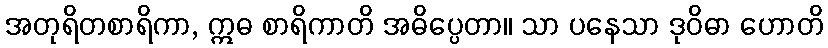
အတုရိတစာရိကာ, ဣဓ စာရိကာတိ အဓိပ္ပေတာ။ သာ ပနေသာ ဒုဝိဓာ ဟောတိ